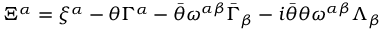
\Xi ^ { \alpha } = \xi ^ { \alpha } - \theta \Gamma ^ { \alpha } - \bar { \theta } \omega ^ { \alpha \beta } \bar { \Gamma } _ { \beta } - i \bar { \theta } \theta \omega ^ { \alpha \beta } \Lambda _ { \beta }